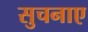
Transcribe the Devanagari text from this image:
सुचनाए